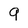
Character: 9